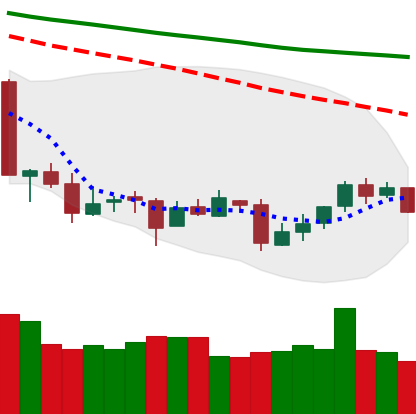
Ticker: ETC-USD
Chart end date: 2018-09-24
Forward return: 3.164%
Label: up_3_5